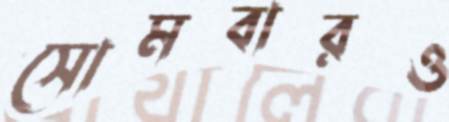
সোমবারও